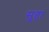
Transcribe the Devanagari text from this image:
सूहा